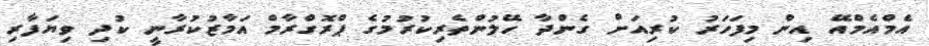
އެމްއެމްއޭ އިން މިފަހަރު ކުރިއަށް ގެންދާ ހޭލުންތެރިކުރުމުގެ ޕްރޮގްރާމް އަމާޒުކުރާނީ ކުދި ވިޔަފާރި